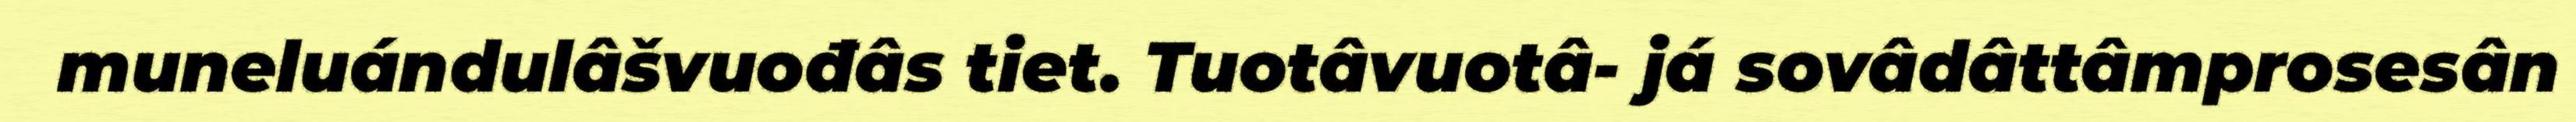
muneluándulâšvuođâs tiet. Tuotâvuotâ- já sovâdâttâmprosesân